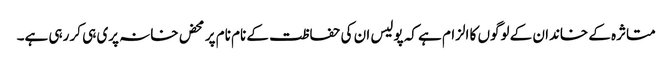
متاثرہ کے خاندان کے لوگوں کا الزام ہے کہ پولیس ان کی حفاظت کے نام نام پر محض خانہ پری ہی کر رہی ہے۔